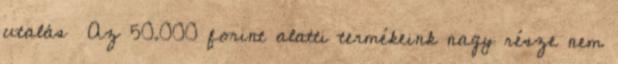
utalás→ Az 50.000 forint alatti termékeink nagy része nem